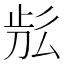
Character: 𣥬